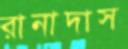
রানাদাস